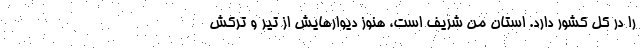
را در کل کشور دارد. استان من شریف است، هنوز دیوارهایش از تیر و ترکش